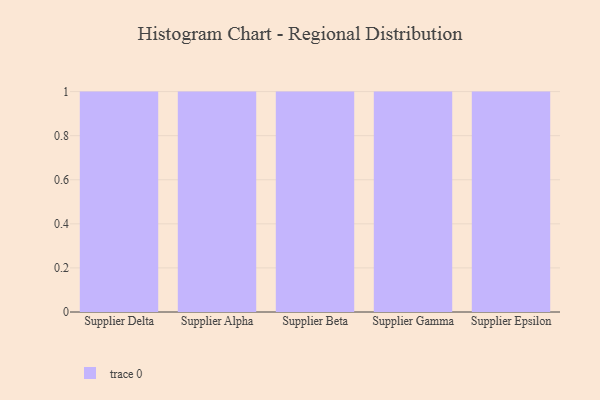
{"axis": {"x": "Supplier", "y": "Conversion Rate (%)"}, "legend": [""], "data": [{"x": "Supplier Delta", "y": 97, "type": ""}, {"x": "Supplier Alpha", "y": 99, "type": ""}, {"x": "Supplier Beta", "y": 19, "type": ""}, {"x": "Supplier Gamma", "y": 74, "type": ""}, {"x": "Supplier Epsilon", "y": 24, "type": ""}]}